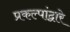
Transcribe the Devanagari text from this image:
प्रकल्पांद्वारे